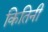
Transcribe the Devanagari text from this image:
कितिनी